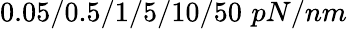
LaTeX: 0.05/0.5/1/5/10/50\, \, pN/nm